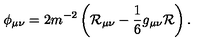
\phi _ { \mu \nu } = 2 m ^ { - 2 } \left( \mathcal { R } _ { \mu \nu } - \frac { 1 } { 6 } g _ { \mu \nu } \mathcal { R } \right) .